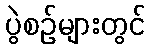
ပွဲစဉ်များတွင်